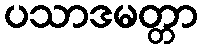
ပသာဒမတ္တာ